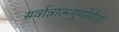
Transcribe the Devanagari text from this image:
सर्वान्नात्मगुणोपेतां